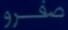
صفرو